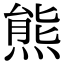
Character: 熊